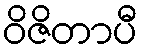
ဝိဇိတာပီ